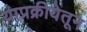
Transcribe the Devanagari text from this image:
याप्रक्रीयेतून